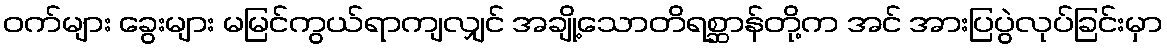
ဝက်များ ခွေးများ မမြင်ကွယ်ရာကျလျှင် အချို့သောတိရစ္ဆာန်တို့က အင် အားပြပွဲလုပ်ခြင်းမှာ